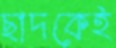
ছাদকেই